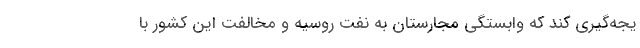
یجه‌گیری کند که وابستگی مجارستان به نفت روسیه و مخالفت این کشور با